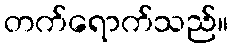
တက်ရောက်သည်။